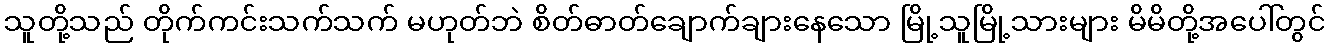
သူတို့သည် တိုက်ကင်းသက်သက် မဟုတ်ဘဲ စိတ်ဓာတ်ချောက်ချားနေသော မြို့သူမြို့သားများ မိမိတို့အပေါ်တွင်